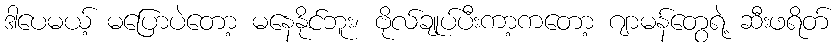
ဒါပေမယ့် မပြောပဲတော့ မနေနိုင်ဘူး၊ ဗိုလ်ချုပ်ပီးကာ့ကတော့ ဂျာမန်တွေရဲ့ ဆီးဖရိတ်